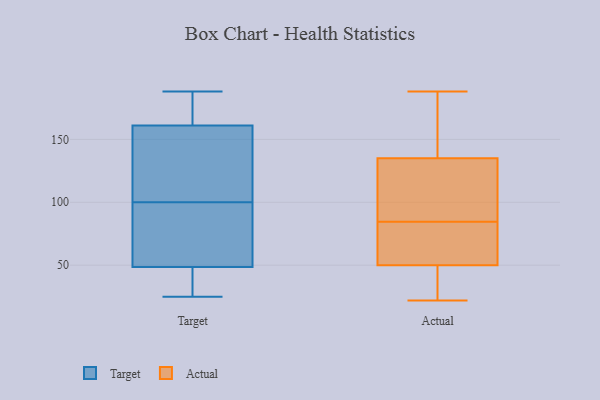
{"axis": {"x": "Satisfaction Score", "y": "Value"}, "legend": ["Actual", "Target"], "data": [{"x": "", "y": 40, "type": "Target"}, {"x": "", "y": 166, "type": "Target"}, {"x": "", "y": 146, "type": "Target"}, {"x": "", "y": 188, "type": "Target"}, {"x": "", "y": 44, "type": "Target"}, {"x": "", "y": 64, "type": "Target"}, {"x": "", "y": 171, "type": "Target"}, {"x": "", "y": 117, "type": "Target"}, {"x": "", "y": 62, "type": "Target"}, {"x": "", "y": 25, "type": "Target"}, {"x": "", "y": 100, "type": "Target"}, {"x": "", "y": 22, "type": "Actual"}, {"x": "", "y": 99, "type": "Actual"}, {"x": "", "y": 70, "type": "Actual"}, {"x": "", "y": 118, "type": "Actual"}, {"x": "", "y": 66, "type": "Actual"}, {"x": "", "y": 38, "type": "Actual"}, {"x": "", "y": 37, "type": "Actual"}, {"x": "", "y": 62, "type": "Actual"}, {"x": "", "y": 188, "type": "Actual"}, {"x": "", "y": 121, "type": "Actual"}, {"x": "", "y": 174, "type": "Actual"}, {"x": "", "y": 149, "type": "Actual"}]}